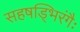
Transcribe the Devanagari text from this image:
सहषड्भिरंगैः